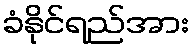
ခံနိုင်ရည်အား